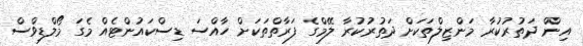
އިން ދަތުރުކުރާ މަންޒިލްތަކަށް ދަތުރުކުރާ ލޭމްގެ ފަރާތްތަކަށް ހާއްސަ ޑިސްކައުންޓެއް މެގަ މޯލްޑިވްސް